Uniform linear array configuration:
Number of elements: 24
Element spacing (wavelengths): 0.5
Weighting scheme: blackman
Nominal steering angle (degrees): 15
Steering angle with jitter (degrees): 14.307
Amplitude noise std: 0.05
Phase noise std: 0.05

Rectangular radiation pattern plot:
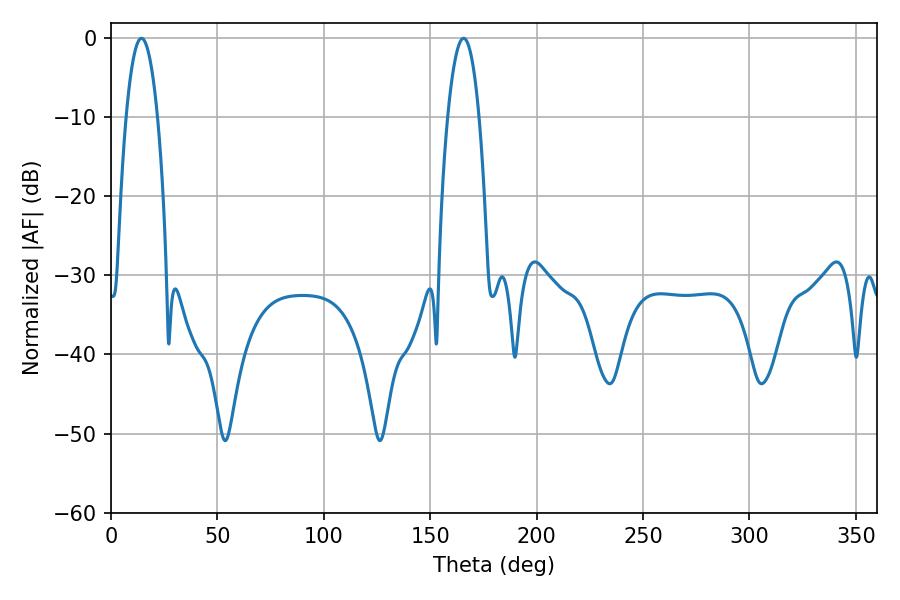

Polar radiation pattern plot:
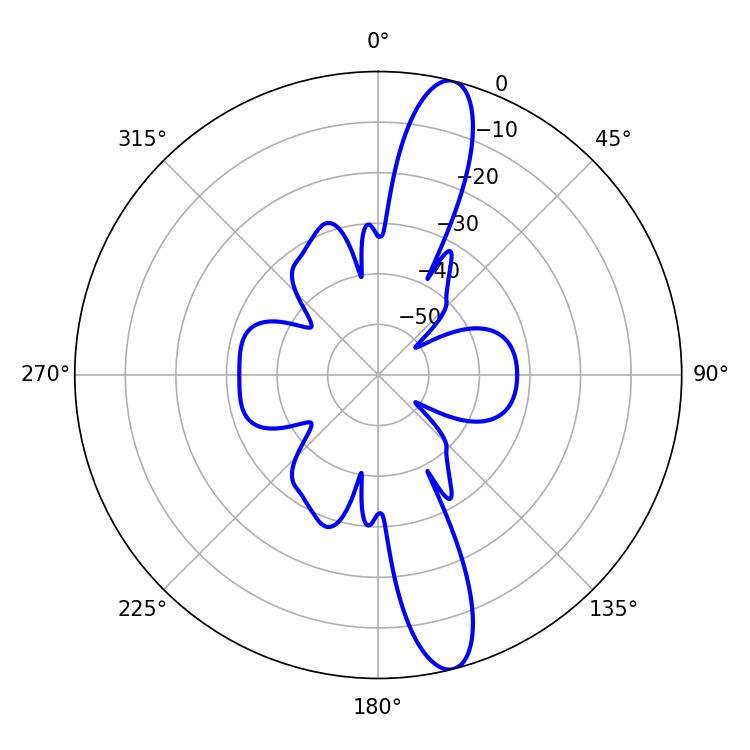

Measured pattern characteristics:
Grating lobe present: FALSE
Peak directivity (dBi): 14.238
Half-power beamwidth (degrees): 8.1
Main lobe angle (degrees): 14.4